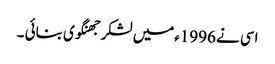
اسی نے 1996ءمیں لشکر جھنگوی بنائی ۔